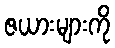
ဇယားများကို